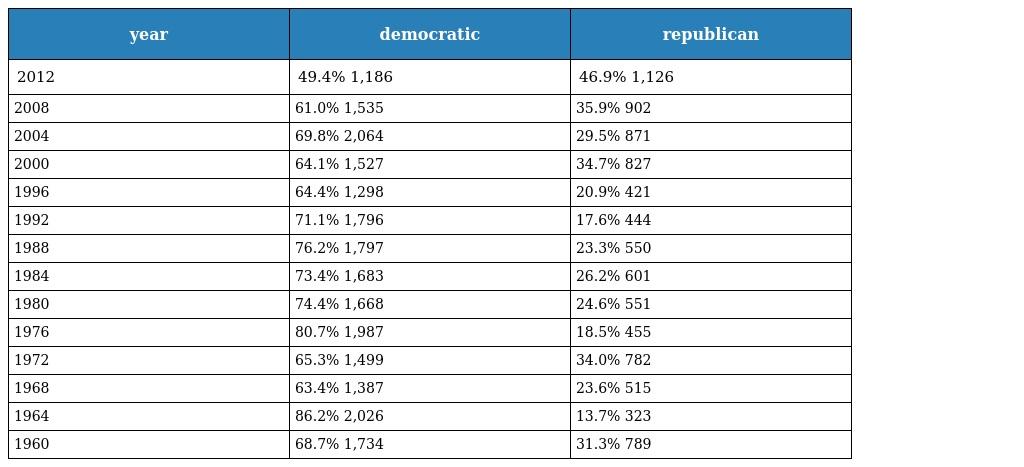
| year | democratic | republican |
 | --- | --- | --- |
 | 2012 | 49.4% 1,186 | 46.9% 1,126 |
 | 2008 | 61.0% 1,535 | 35.9% 902 |
 | 2004 | 69.8% 2,064 | 29.5% 871 |
 | 2000 | 64.1% 1,527 | 34.7% 827 |
 | 1996 | 64.4% 1,298 | 20.9% 421 |
 | 1992 | 71.1% 1,796 | 17.6% 444 |
 | 1988 | 76.2% 1,797 | 23.3% 550 |
 | 1984 | 73.4% 1,683 | 26.2% 601 |
 | 1980 | 74.4% 1,668 | 24.6% 551 |
 | 1976 | 80.7% 1,987 | 18.5% 455 |
 | 1972 | 65.3% 1,499 | 34.0% 782 |
 | 1968 | 63.4% 1,387 | 23.6% 515 |
 | 1964 | 86.2% 2,026 | 13.7% 323 |
 | 1960 | 68.7% 1,734 | 31.3% 789 |